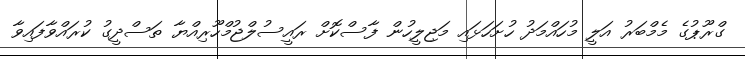
ގްރޫޕުގެ މެމްބަރު އަލީ މުހައްމަދު ހުށަހަޅައި މަޖިލީހުން ފާސްކޮށް ރައީސުލްޖުމްހޫރިއްޔާ ތަސްދީގު ކުރައްވާފައިވާ